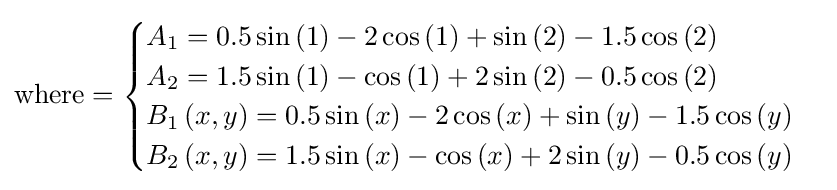
{\text{where}}={\begin{cases}A_{1}=0.5\sin \left(1\right)-2\cos \left(1\right)+\sin \left(2\right)-1.5\cos \left(2\right)\\A_{2}=1.5\sin \left(1\right)-\cos \left(1\right)+2\sin \left(2\right)-0.5\cos \left(2\right)\\B_{1}\left(x,y\right)=0.5\sin \left(x\right)-2\cos \left(x\right)+\sin \left(y\right)-1.5\cos \left(y\right)\\B_{2}\left(x,y\right)=1.5\sin \left(x\right)-\cos \left(x\right)+2\sin \left(y\right)-0.5\cos \left(y\right)\end{cases}}